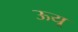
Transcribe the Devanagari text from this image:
ऊयू